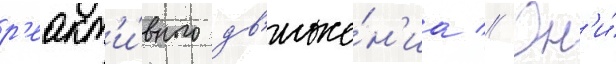
р'еакт'и́вного дв'иже́н'иа // Он'и́